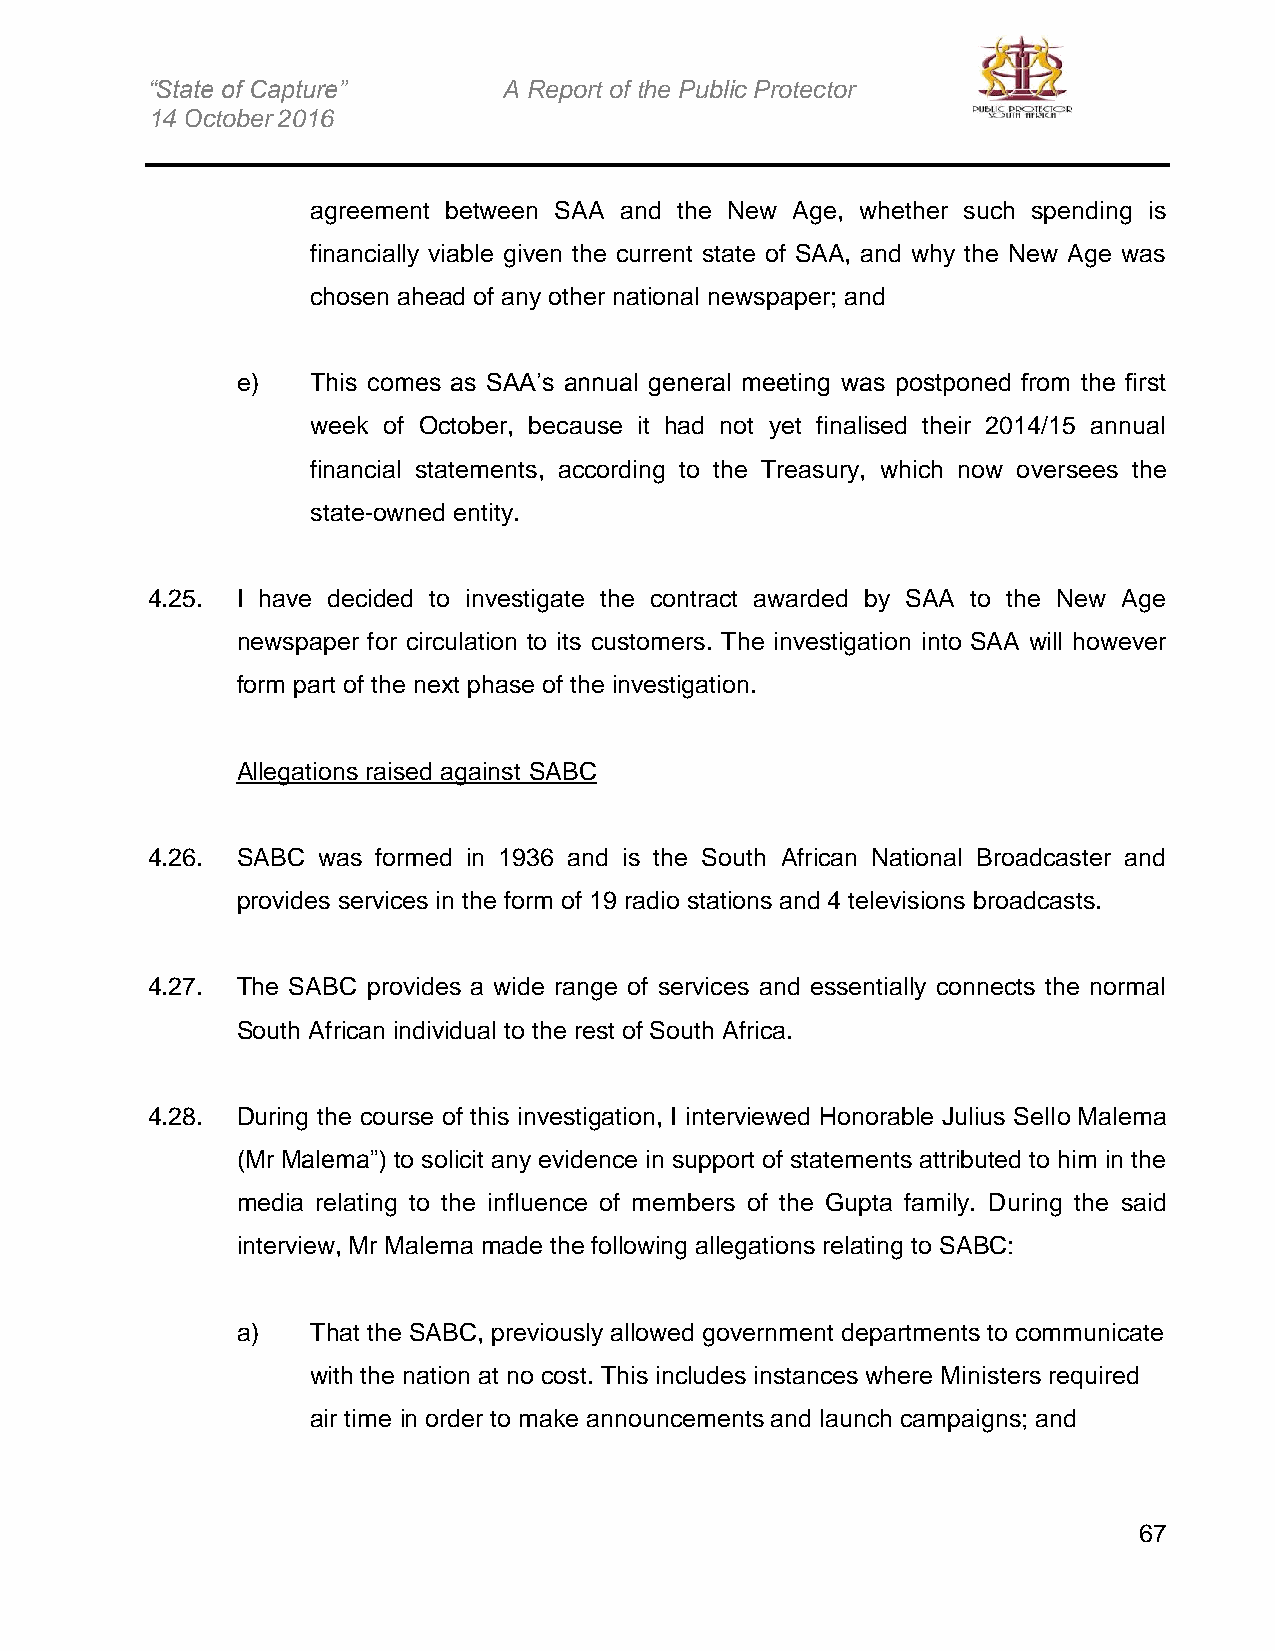
“State of Capture”     A Report of the Public Protector
 14 October 2016
 agreement between SAA and the New Age, whether such spending is
 financially viable given the current state of SAA, and why the New Age was
 chosen ahead of any other national newspaper; and
 e)   This comes as SAA’s annual general meeting was postponed from the first
 week of October, because it had not yet finalised their 2014/15 annual
 financial statements, according to the Treasury, which now oversees the
 state-owned entity.
 4.25. I have decided to investigate the contract awarded by SAA to the New Age
 newspaper for circulation to its customers. The investigation into SAA will however
 form part of the next phase of the investigation.
 Allegations raised against SABC
 4.26. SABC was formed in 1936 and is the South African National Broadcaster and
 provides services in the form of 19 radio stations and 4 televisions broadcasts.
 4.27. The SABC provides a wide range of services and essentially connects the normal
 South African individual to the rest of South Africa.
 4.28. During the course of this investigation, I interviewed Honorable Julius Sello Malema
 (Mr Malema”) to solicit any evidence in support of statements attributed to him in the
 media relating to the influence of members of the Gupta family. During the said
 interview, Mr Malema made the following allegations relating to SABC:
 a)   That the SABC, previously allowed government departments to communicate
 with the nation at no cost. This includes instances where Ministers required
 air time in order to make announcements and launch campaigns; and
 67